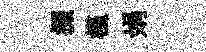
掇槿娟